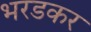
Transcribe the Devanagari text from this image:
भरडकर